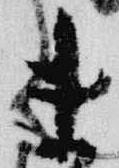
未